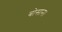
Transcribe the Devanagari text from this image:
बोसान।